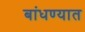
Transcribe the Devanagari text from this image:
बांधण्‍यात